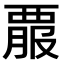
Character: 𧟵